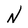
Character: N